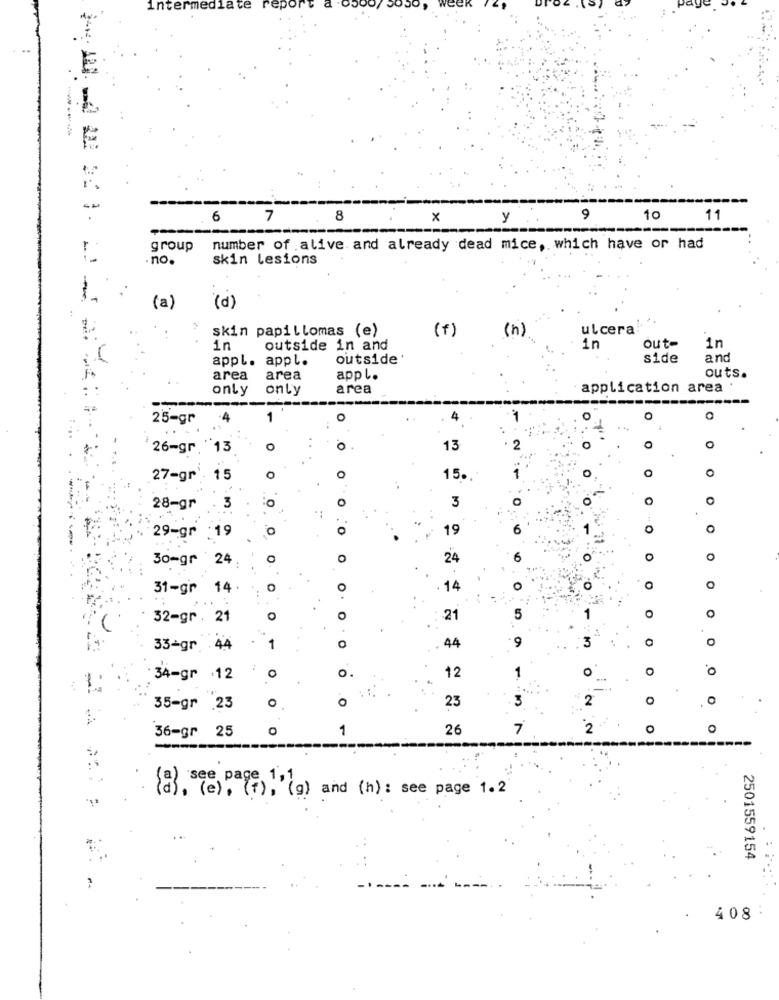
intermediate
6
7
8
x
y
9
10
11
----
group
number of alive and already dead mice, which have or had
. no.
skin lesions
(p).
1
(a)
skin papillomas (e)
(f)
( h)
ulcera
in
outside in and
in
out-
in
appl. appl.
outside'
side
and
area
area
appl.
outs.
only
only
area
application area
25-gr
O
0
26-gr "13
0
O
13
O
O
0
27-gr'. 15
15.
0
28-gr
.3
3
29-gr
.19
O
19
O
0
30-gr 24.
O
24
O
O
31-gr 14.
o
14
o
0
0
32-gr . 21
O
0
-21
5
O
9
O
33-gr 44
1
O
44
O
.O
: 34-gr .12
O
0.
12
1
0
2
0
. O
35-gr 23
o
23
1
26
7
2
36-gr 25
see page!'(g) and (h) : see page 1. 2
2501559154
408